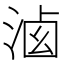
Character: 𣷶